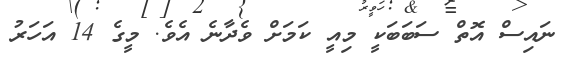
ނައިސް އޮތް ސަބަބަކީ މިއީ ކަމަށް ވެދާނެ އެވެ. މީގެ 14 އަހަރު